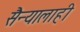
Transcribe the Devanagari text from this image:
सैन्यालाही